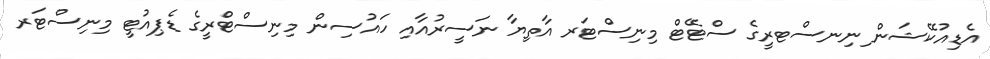
އެޑިއުކޭޝަން ިނިނސްޓރީގެ ސްޓޭޓް މިނިސްޓަރ އާތިޔާ ނަސީރުއާއި ހައުސިން މިނިސްޓްރީގެ ޑެޕިއުޓީ މިނިސްޓަރ